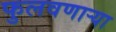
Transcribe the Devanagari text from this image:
फुलवणाऱ्या